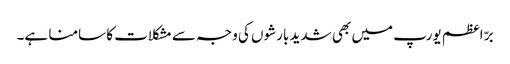
برّ اعظم یورپ میں بھی شدید بارشوں کی وجہ سے مشکلات کا سامنا ہے۔